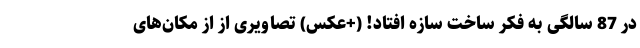
در 87 سالگی به فکر ساخت سازه افتاد! (+عکس) تصاویری از از مکان‌های